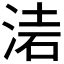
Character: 𣶥